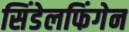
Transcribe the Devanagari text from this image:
सिंडेलफिंगेन